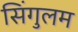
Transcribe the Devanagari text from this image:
सिंगुलम